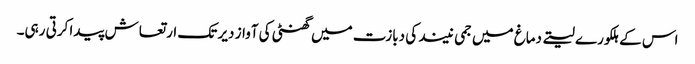
اس کے ہلکورے لیتے دماغ میں جمی نیند کی دبازت میں گھنٹی کی آواز دیر تک ارتعاش پیدا کرتی رہی۔